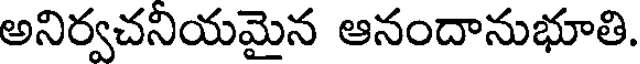
అనిర్వచనియమైన ఆనందానుభూతి.